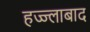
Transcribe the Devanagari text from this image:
हज्ज्लाबाद